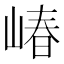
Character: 𱛸